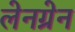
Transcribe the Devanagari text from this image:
लेनग्रेन